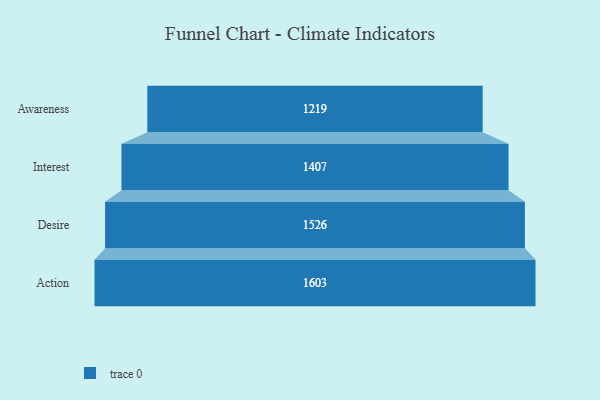
{"axis": {"x": "Stage", "y": "Value"}, "legend": [""], "data": [{"x": "Awareness", "y": 1219.0, "type": ""}, {"x": "Interest", "y": 1407.0, "type": ""}, {"x": "Desire", "y": 1526.0, "type": ""}, {"x": "Action", "y": 1603.0, "type": ""}]}